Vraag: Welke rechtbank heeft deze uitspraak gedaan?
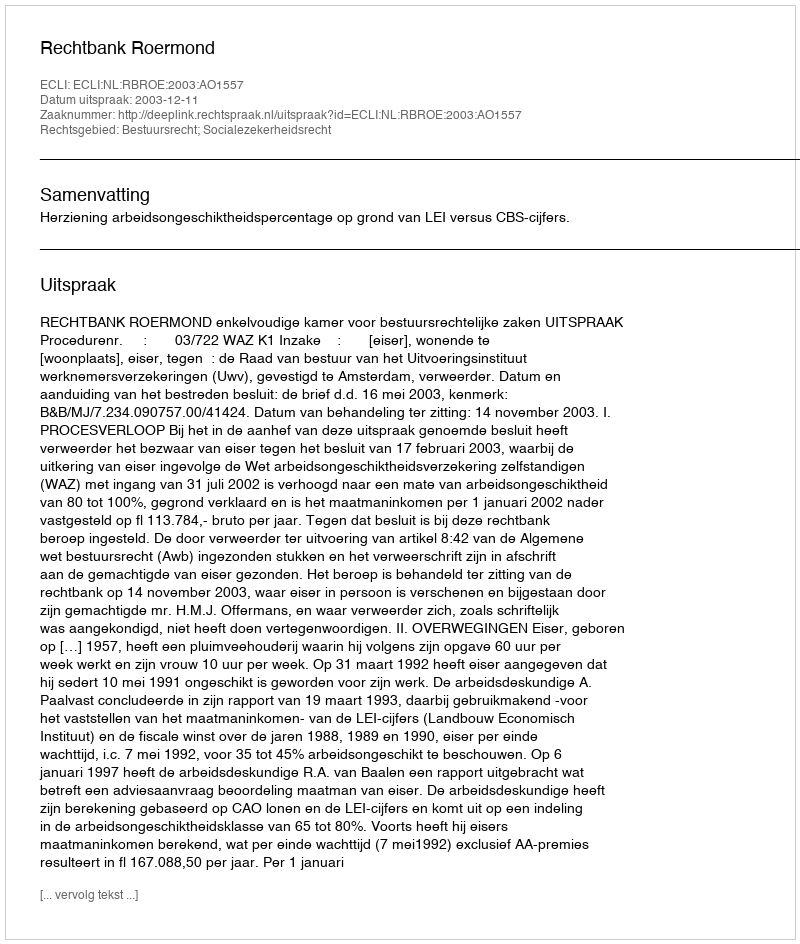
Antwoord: Rechtbank Roermond